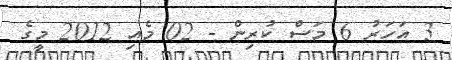
3 އަހަރު 6 މަސް ކުރިން - 02 މެއި 2012 މީގެ